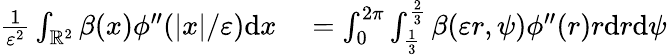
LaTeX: \begin{array}{rl}{\frac{1}{\varepsilon^{2}}\int_{\mathbb{R}^{2}}\beta(x)\phi^{\prime\prime}(|x|/\varepsilon)\textrm{d}x}&{{}=\int_{0}^{2\pi}\int_{\frac{1}{3}}^{\frac{2}{3}}\beta(\varepsilon r,\psi)\phi^{\prime\prime}(r)r\textrm{d}r\textrm{d}\psi}\end{array}